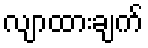
လျာထားချက်